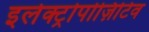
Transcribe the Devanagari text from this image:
इलेक्ट्रोपोज़िटिव